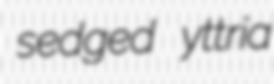
sedged yttria